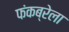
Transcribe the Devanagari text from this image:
फंकब्रेला